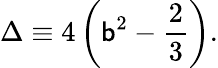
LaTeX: \Delta\equiv4\left(\mathsf{b}^{2}-\frac{{2}}{{3}}\right).